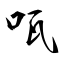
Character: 咓